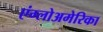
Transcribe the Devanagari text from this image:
एंग्लोअमेरिका